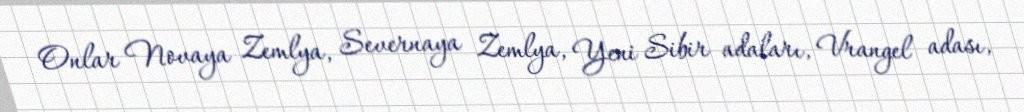
Onlar Novaya Zemlya, Severnaya Zemlya, Yeni Sibir adaları, Vrangel adası,